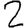
Digit: 2